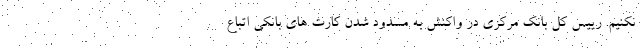
نکنیم. رییس کل بانک مرکزی در واکنش به مسدود شدن کارت های بانکی اتباع